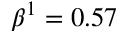
\beta ^ { 1 } = 0 . 5 7